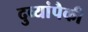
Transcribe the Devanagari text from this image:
दुव्यांपैकी